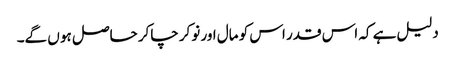
دلیل ہے کہ اس قدر اس کو مال اور نوکر چاکر حاصل ہو ں گے۔